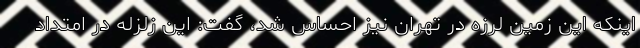
اینکه این زمین لرزه در تهران نیز احساس شد، گفت: این زلزله در امتداد